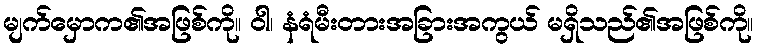
မျက်မှောက၏အဖြစ်ကို။ ဝါ၊ နံရံမီးတားအခြားအကွယ် မရှိသည်၏အဖြစ်ကို။